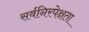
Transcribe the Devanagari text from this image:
सर्वनिरपेक्षता